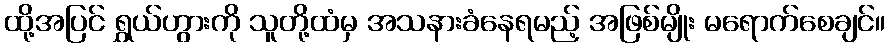
ထို့အပြင် ရွှယ်ဟွားကို သူတို့ထံမှ အသနားခံနေရမည့် အဖြစ်မျိုး မရောက်စေချင်။